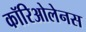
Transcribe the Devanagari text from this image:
कॉरिओलेनस